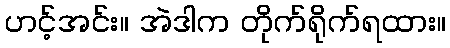
ဟင့်အင်း။ အဲဒါက တိုက်ရိုက်ရထား။